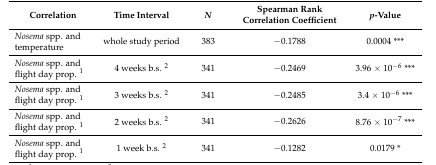
<table><thead><tr><td><b>Correlation</b></td><td><b>Time Interval</b></td><td><b><i>N</i></b></td><td><b>Spearman Rank Correlation Coefficient</b></td><td><b><i>p</i>-Value</b></td></tr></thead><tbody><tr><td><i>Nosema</i> spp. and temperature</td><td>whole study period</td><td>383</td><td>−0.1788</td><td>0.0004 ***</td></tr><tr><td><i>Nosema</i> spp. and flight day prop. <sup>1</sup></td><td>4 weeks b.s. <sup>2</sup></td><td>341</td><td>−0.2469</td><td>3.96 × 10<sup>−6</sup> ***</td></tr><tr><td><i>Nosema</i> spp. and flight day prop. <sup>1</sup></td><td>3 weeks b.s. <sup>2</sup></td><td>341</td><td>−0.2485</td><td>3.4 × 10<sup>−6</sup> ***</td></tr><tr><td><i>Nosema</i> spp. and flight day prop. <sup>1</sup></td><td>2 weeks b.s. <sup>2</sup></td><td>341</td><td>−0.2626</td><td>8.76 × 10<sup>−7</sup> ***</td></tr><tr><td><i>Nosema</i> spp. and flight day prop. <sup>1</sup></td><td>1 week b.s. <sup>2</sup></td><td>341</td><td>−0.1282</td><td>0.0179 *</td></tr></tbody></table>